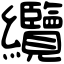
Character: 纜